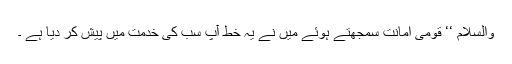
والسلام ‘‘ قومی امانت سمجھتے ہوئے میں نے یہ خط آپ سب کی خدمت میں پیش کر دیا ہے ۔